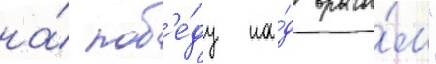
на́ поб'е́ду на́д враго́м"